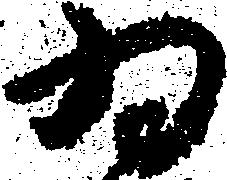
為